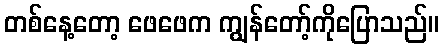
တစ်နေ့တော့ ဖေဖေက ကျွန်တော့်ကိုပြောသည်။